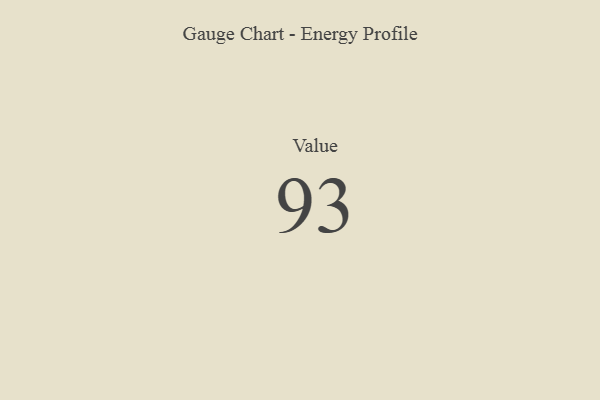
{"axis": {"x": "Metric", "y": "Value"}, "legend": [""], "data": [{"x": "Value", "y": 93, "type": ""}]}